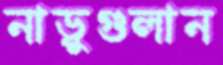
নাড়ুগুলান